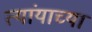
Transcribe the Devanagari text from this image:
त्यांयाच्या